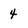
Character: 4